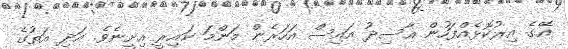
އޭގެ އިރުކޮޅެއްފަހުން އާސިދު އައިސް އަހަރެން މަންމަ ކައިރީ އިށީނެވެ. އަދި އަތުގެ